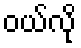
ဝယ်လို